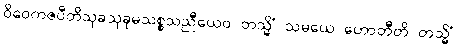
ဝိဝေကဇပီတိသုခသုခုမသစ္စသညီယေဝ တသ္မိံ သမယေ ဟောတီတိ တသ္မိံ